Civil Veterinary Dept. Bombay admin report 1914-1922 - 1914-1922
Year: 1914
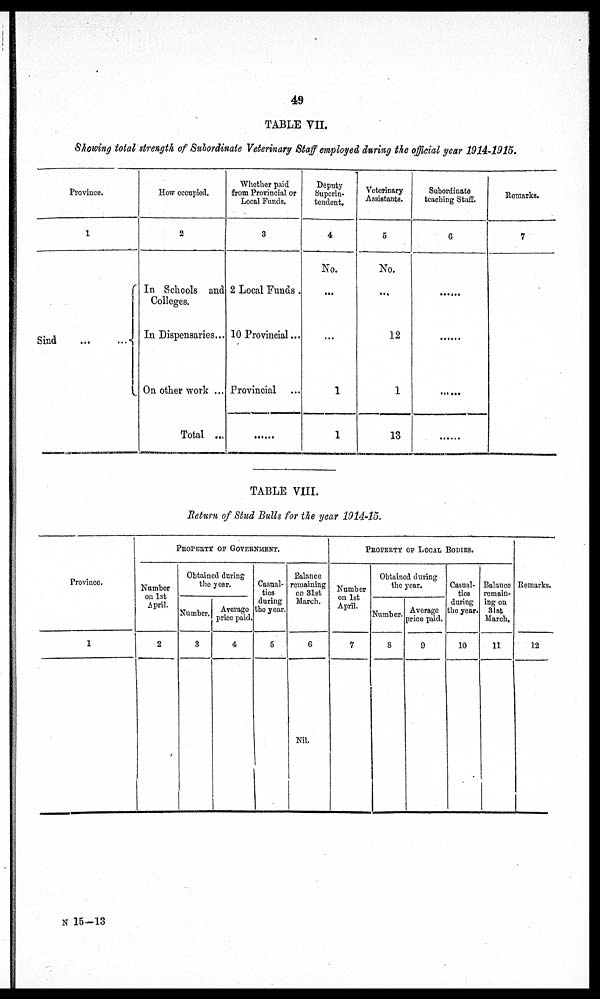
49
TABLE VII.
Showing total strength of Subordinate Veterinary Staff employed during the official year 1914-1915.
Province.
1
Sind
...
...
How occupied.
2
In Schools and
Colleges.
In Dispensaries...
On other work ...
Total ...
Whether paid
from Provincial or
Local Funds.
3
2 Local Funds .
10 Provincial...
Provincial ...
......
Deputy
Superin-
tendent.
4
No.
...
...
1
1
Veterinary
Assistants.
5
No.
...
12
1
13
Subordinate
teaching Staff.
6
......
......
......
......
Remarks.
7
TABLE VIII.
Return of Stud Bulls for the year 1914-15.
Province.
1
PROPERTY
OF
GOVERNMENT.
Number
on 1st
April.
2
Obtained during
the year.
Number.
3
Average
price paid.
4
Casual-
ties
during
the year.
5
Balance
remaining
on 31st
March.
6
Nil.
PROPERTY OF LOCAL BODIES.
Number
on 1st
April.
7
Obtained during
the year.
Number.
8
Average
price paid.
9
Casual-
ties
during
the year.
10
Balance
remain-
ing on
31st
March.
11
Remarks.
12
N 15-13